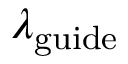
\lambda _ { \mathrm { g u i d e } }